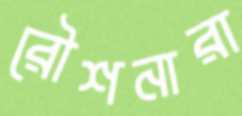
রৌশনারা